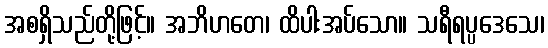
အစရှိသည်တို့ဖြင့်။ အဘိဟတေ၊ ထိပါးအပ်သော။ သရီရပ္ပဒေသေ၊